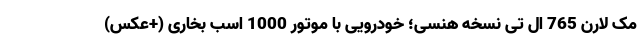
مک لارن 765 ال تی نسخه هنسی؛ خودرویی با موتور 1000 اسب بخاری (+عکس)